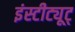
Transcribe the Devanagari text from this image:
इंस्टीट्यूट्